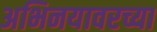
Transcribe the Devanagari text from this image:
अभिनयावरच्या